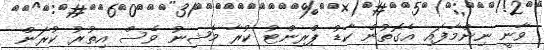
ވާނީ ނިންމާފައި އެގޮތުން ކާޑު ޕްރިންޓު ކުރާ މެޝިނު ވެސް އިތުރު ކުރަން